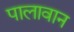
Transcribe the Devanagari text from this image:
पालावान